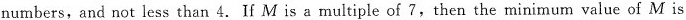
numbers, and not less than 4. If M is a multiple of 7,then the minimum value of M is